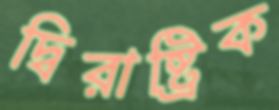
দ্বিরাষ্ট্রিক